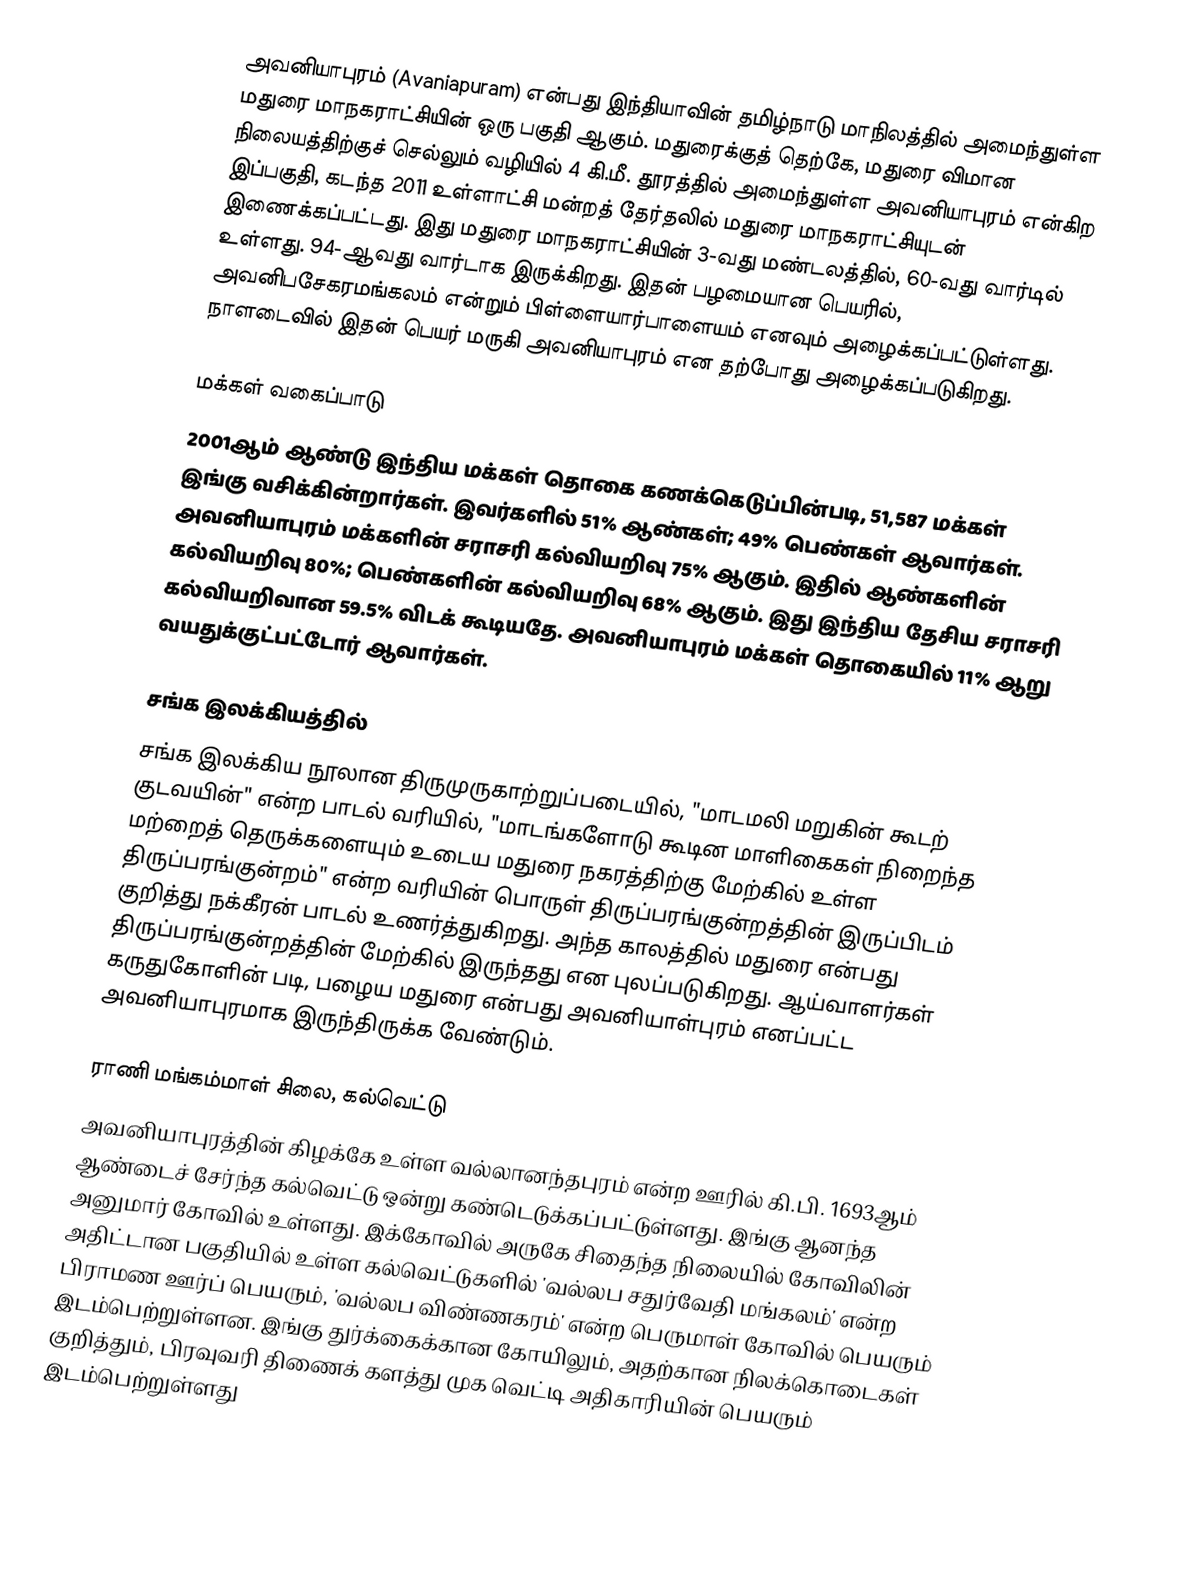
அவனியாபுரம் (Avaniapuram) என்பது இந்தியாவின் தமிழ்நாடு மாநிலத்தில் அமைந்துள்ள மதுரை மாநகராட்சியின் ஒரு பகுதி ஆகும். மதுரைக்குத் தெற்கே, மதுரை விமான நிலையத்திற்குச் செல்லும் வழியில் 4 கி.மீ. தூரத்தில் அமைந்துள்ள அவனியாபுரம் என்கிற இப்பகுதி, கடந்த 2011 உள்ளாட்சி மன்றத் தேர்தலில் மதுரை மாநகராட்சியுடன் இணைக்கப்பட்டது. இது மதுரை மாநகராட்சியின் 3-வது மண்டலத்தில், 60-வது வார்டில் உள்ளது. 94-ஆவது வார்டாக இருக்கிறது. இதன் பழமையான பெயரில், அவனிபசேகரமங்கலம் என்றும் பிள்ளையார்பாளையம் எனவும் அழைக்கப்பட்டுள்ளது. நாளடைவில் இதன் பெயர் மருகி அவனியாபுரம் என தற்போது அழைக்கப்படுகிறது.

மக்கள் வகைப்பாடு
2001ஆம் ஆண்டு இந்திய மக்கள் தொகை கணக்கெடுப்பின்படி, 51,587 மக்கள் இங்கு வசிக்கின்றார்கள். இவர்களில் 51% ஆண்கள்; 49% பெண்கள் ஆவார்கள். அவனியாபுரம் மக்களின் சராசரி கல்வியறிவு 75% ஆகும். இதில் ஆண்களின் கல்வியறிவு 80%; பெண்களின் கல்வியறிவு 68% ஆகும். இது இந்திய தேசிய சராசரி கல்வியறிவான 59.5% விடக் கூடியதே. அவனியாபுரம் மக்கள் தொகையில் 11%  ஆறு வயதுக்குட்பட்டோர் ஆவார்கள்.

சங்க இலக்கியத்தில்
சங்க இலக்கிய நூலான திருமுருகாற்றுப்படையில், "மாடமலி மறுகின் கூடற் குடவயின்" என்ற பாடல் வரியில், "மாடங்களோடு கூடின மாளிகைகள் நிறைந்த மற்றைத் தெருக்களையும் உடைய மதுரை நகரத்திற்கு மேற்கில் உள்ள திருப்பரங்குன்றம்" என்ற வரியின் பொருள் திருப்பரங்குன்றத்தின் இருப்பிடம் குறித்து நக்கீரன் பாடல் உணர்த்துகிறது. அந்த காலத்தில் மதுரை என்பது திருப்பரங்குன்றத்தின் மேற்கில் இருந்தது  என புலப்படுகிறது. ஆய்வாளர்கள் கருதுகோளின் படி, பழைய மதுரை என்பது அவனியாள்புரம் எனப்பட்ட அவனியாபுரமாக இருந்திருக்க வேண்டும்.

ராணி மங்கம்மாள் சிலை, கல்வெட்டு
அவனியாபுரத்தின் கிழக்கே உள்ள வல்லானந்தபுரம் என்ற ஊரில் கி.பி. 1693ஆம் ஆண்டைச் சேர்ந்த கல்வெட்டு ஒன்று கண்டெடுக்கப்பட்டுள்ளது. இங்கு ஆனந்த அனுமார் கோவில் உள்ளது. இக்கோவில் அருகே சிதைந்த நிலையில் கோவிலின் அதிட்டான பகுதியில் உள்ள கல்வெட்டுகளில் 'வல்லப சதுர்வேதி மங்கலம்' என்ற பிராமண ஊர்ப் பெயரும், 'வல்லப விண்ணகரம்' என்ற பெருமாள் கோவில் பெயரும் இடம்பெற்றுள்ளன. இங்கு துர்க்கைக்கான கோயிலும், அதற்கான நிலக்கொடைகள் குறித்தும், பிரவுவரி திணைக் களத்து முக வெட்டி அதிகாரியின் பெயரும் இடம்பெற்றுள்ளது